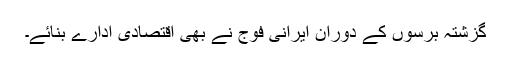
گزشتہ برسوں کے دوران ایرانی فوج نے بھی اقتصادی ادارے بنائے۔